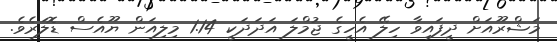
މަޝްރޫއަށް ދީފައިވާ ހިލޭ އެހީގެ ޖުމްލަ އަދަދަކީ 1.14 މިލިއަން ޔޫއެސް ޑޮލަރެވެ.